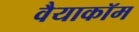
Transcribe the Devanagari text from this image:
वैयाकॉम